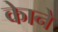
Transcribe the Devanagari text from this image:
काेने